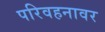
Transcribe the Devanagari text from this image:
परिवहनावर